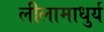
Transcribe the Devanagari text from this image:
लीलामाधुर्य